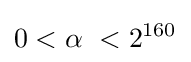
0<\alpha \ <2^{160}